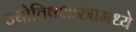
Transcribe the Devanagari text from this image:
ज्योतिषशास्त्रामध्ये